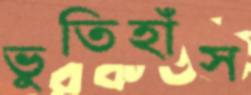
ভুতিহাঁস